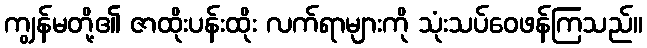
ကျွန်မတို့၏ ဇာထိုးပန်းထိုး လက်ရာများကို သုံးသပ်ဝေဖန်ကြသည်။